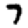
Digit: 7